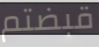
قبضتم